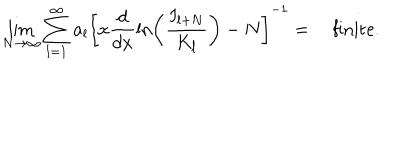
LaTeX: \lim _ { N \rightarrow \infty } \sum _ { l = 1 } ^ { \infty } a _ { l } \left[ x \displaystyle \frac { d } { d x } \ln \left( \displaystyle \frac { I _ { l + N } } { K _ { l } } \right) - N \right] ^ { - 1 } = \quad \mathrm { f i n i t e } .